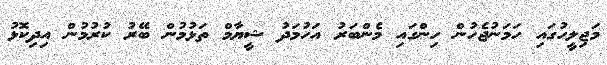
މަޖިލީހުގައި ހަމަނުޖެހުން ހިންގައި މެންބަރު އަހުމަދު ޝީޔާމް ތަޅުމުން ބޭރު ކުރުމުން އިދިކޮޅު